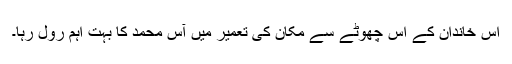
اس خاندان کے اس چھوٹے سے مکان کی تعمیر میں آس محمد کا بہت اہم رول رہا۔